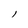
Character: l